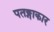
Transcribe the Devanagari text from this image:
पतङ्गाकार